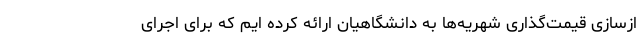
ازسازی قیمت‌گذاری شهریه‌ها به دانشگاهیان ارائه کرده ایم که برای اجرای